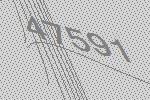
47591